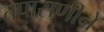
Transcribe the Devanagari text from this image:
तपासणीने